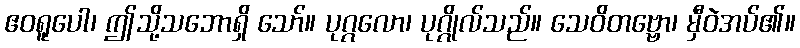
ဧဝရူပေါ၊ ဤသို့သဘောရှိ သော်။ ပုဂ္ဂလော၊ ပုဂ္ဂိုလ်သည်။ သေဝိတဗ္ဗော၊ မှီဝဲအပ်၏။